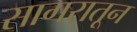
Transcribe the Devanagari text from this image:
सागरातून